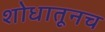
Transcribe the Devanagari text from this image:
शोधातूनच